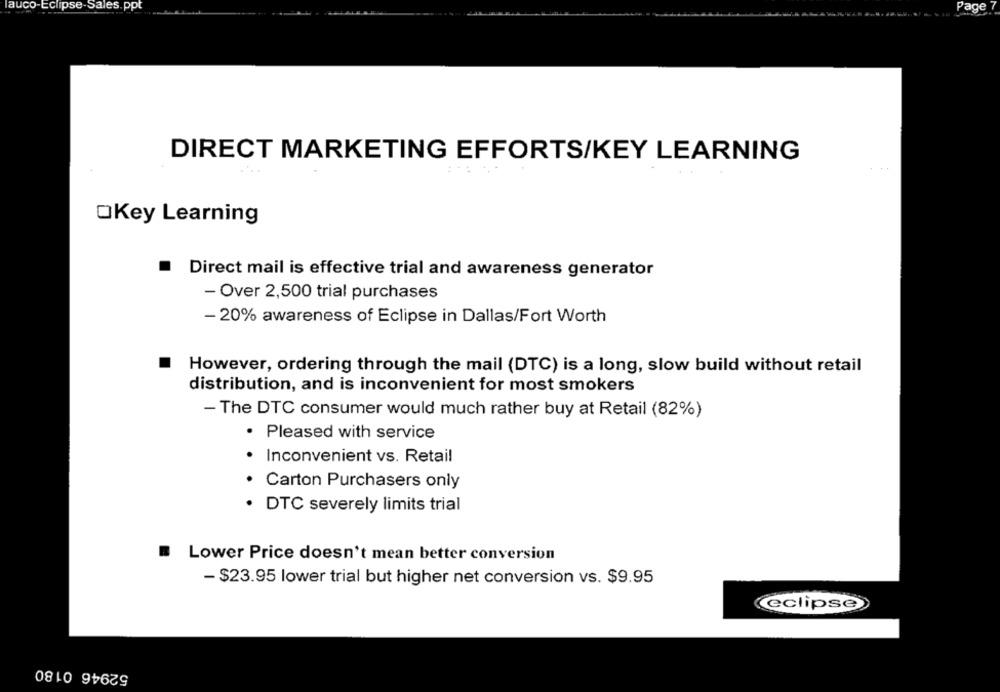
auco-Eclipse-Sales.ppt
Page
DIRECT MARKETING EFFORTS/KEY LEARNING
OKey Learning
.
Direct mail is effective trial and awareness generator
- Over 2,500 trial purchases
- 20% awareness of Eclipse in Dallas/Fort Worth
However, ordering through the mail (DTC) is a long, slow build without retail
distribution, and is inconvenient for most smokers
- The DTC consumer would much rather buy at Retail (82%)
· Pleased with service
· Inconvenient vs. Retail
Carton Purchasers only
· DTC severely limits trial
Lower Price doesn't mean better conversion
- $23.95 lower trial but higher net conversion vs. $9.95
eclipse
52946 0180